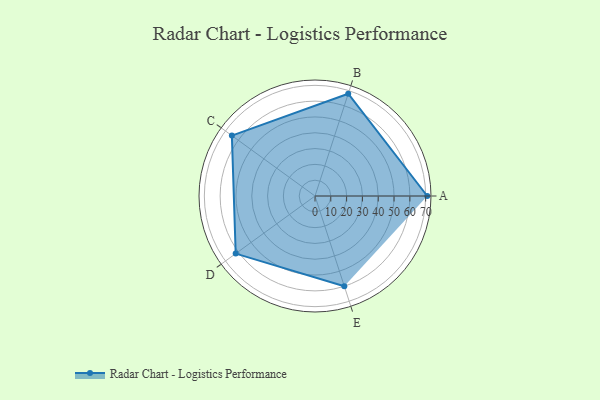
{"axis": {"x": "Skill", "y": "Score"}, "legend": ["Profile"], "data": [{"x": "A", "y": 71.0, "type": "Profile"}, {"x": "B", "y": 68.0, "type": "Profile"}, {"x": "C", "y": 65.0, "type": "Profile"}, {"x": "D", "y": 62.0, "type": "Profile"}, {"x": "E", "y": 60.0, "type": "Profile"}]}